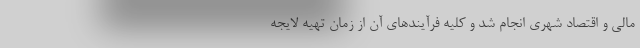
مالی و اقتصاد شهری انجام شد و کلیه فرآیند‌های آن از زمان تهیه لایجه